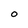
Character: O